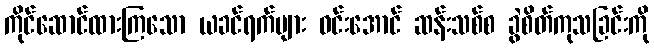
ကိုင်ဆောင်ထားကြသော ယခင်ရက်များ ဝင်းအောင် ဆန်းသစ်စ ခွဲစိတ်ကုသခြင်းကို